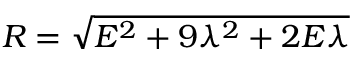
R = { \sqrt { E ^ { 2 } + 9 \lambda ^ { 2 } + 2 E \lambda } }